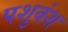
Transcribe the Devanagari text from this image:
पशुवंश